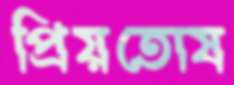
প্রিয়তোষ